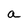
Character: a